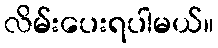
လိမ်းပေးရပါမယ်။